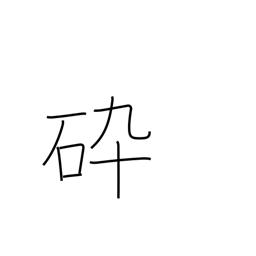
Meaning: familiar